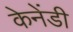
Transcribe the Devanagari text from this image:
केनेंडी